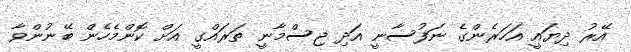
އޭރު ދިޔައީ އަހަރެންގެ ނަފުސާނީ އަދި ޖިސްމާނީ ތަރައްގީ އަށް ކޮންމެހެން ބޭނުންވާ